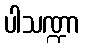
ပါသဏ္ဍာ